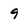
Character: 9